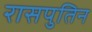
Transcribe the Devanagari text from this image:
रासपुतिन